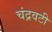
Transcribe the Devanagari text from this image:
चंद्रवटी